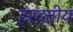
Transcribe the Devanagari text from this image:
हरदत्तीय